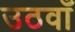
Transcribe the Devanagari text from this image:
उठवाँ